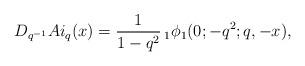
LaTeX: \begin{align*} D_{q^{-1}} Ai_q(x)= \frac{1}{1-q^2}\,_1\phi_1 (0;-q^2;q,-x),\end{align*}